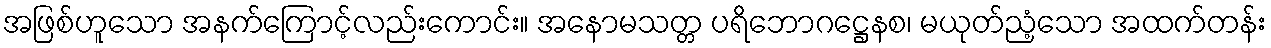
အဖြစ်ဟူသော အနက်ကြောင့်လည်းကောင်း။ အနောမသတ္တ ပရိဘောဂဋ္ဌေနစ၊ မယုတ်ညံ့သော အထက်တန်း